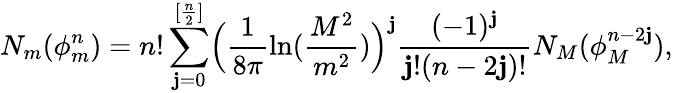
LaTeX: N_{m}(\phi_{m}^{n})=n!\sum_{\mathbf{j}=0}^{[\frac{{n}}{{2}}]}\Bigl(\frac{{1}}{{8\pi}}\ln(\frac{{M^{2}}}{{m^{2}}})\Bigr)^{\mathbf{j}}\frac{{(-1)^{\mathbf{j}}}}{{\mathbf{j}!(n-2\mathbf{j})!}}N_{M}(\phi_{M}^{n-2\mathbf{j}}),